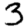
Digit: 3